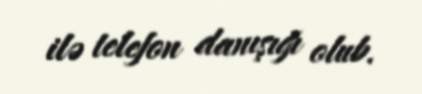
ilə telefon danışığı olub.